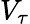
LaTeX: V_{\tau}